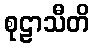
စုဠာသီတိ